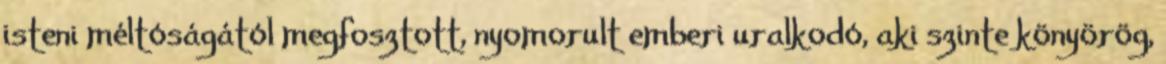
isteni méltóságától megfosztott, nyomorult emberi uralkodó, aki szinte könyörög,